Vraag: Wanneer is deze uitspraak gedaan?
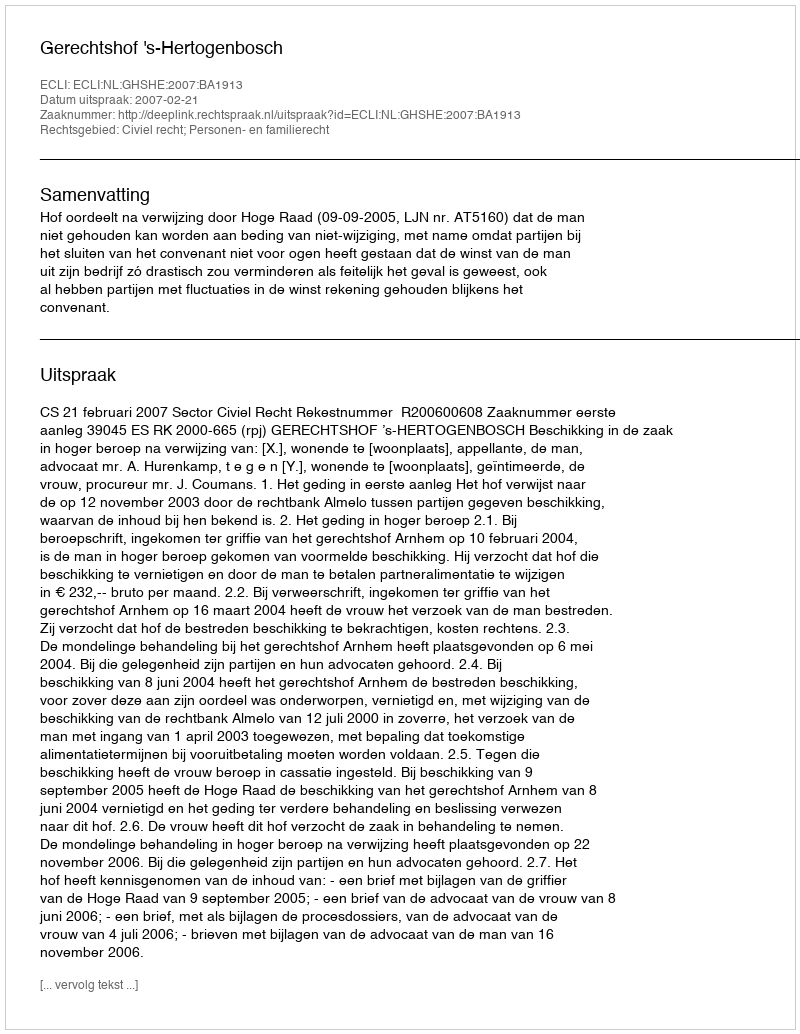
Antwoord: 2007-02-21